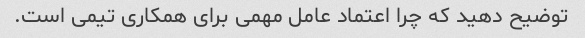
توضیح دهید که چرا اعتماد عامل مهمی برای همکاری تیمی است.